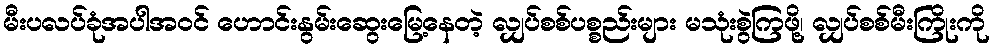
မီးပလပ်ခုံအပါအဝင် ဟောင်းနွမ်းဆွေးမြေ့နေတဲ့ လျှပ်စစ်ပစ္စည်းများ မသုံးစွဲကြဖို့၊ လျှပ်စစ်မီးကြိုးကို